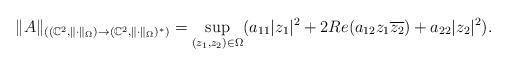
LaTeX: \begin{align*}\|A\|_{((\mathbb{C}^2,\|\cdot\|_{\Omega})\rightarrow(\mathbb{C}^2,\|\cdot\|_{\Omega})^*)}&=\sup_{(z_1,z_2)\in\Omega}(a_{11}|z_1|^2+2Re(a_{12}z_1\overline{z_2})+a_{22}|z_2|^2).\end{align*}